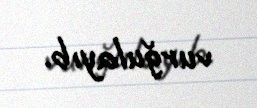
vurğulayıb.